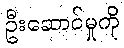
ဦးဆောင်မှုကို